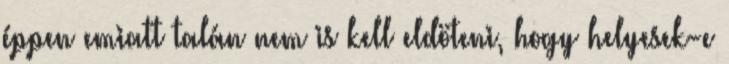
éppen emiatt talán nem is kell eldöteni, hogy helyesek-e